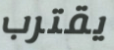
يقترب